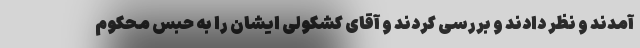
آمدند و نظر دادند و بررسی کردند و آقای کشکولی ایشان را به حبس محکوم